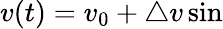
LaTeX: v(t)=v_{0}+\triangle v\sin